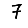
Digit: 7